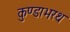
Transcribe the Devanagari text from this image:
कुण्डाभरथ